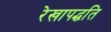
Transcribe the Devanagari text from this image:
रेखापद्धति